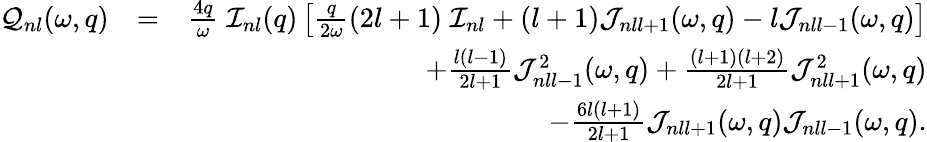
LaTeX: \begin{array}{rlr}{{\cal Q}_{nl}(\omega,q)}&{=}&{\frac{4q}{\omega}\; {\cal I}_{nl}(q)\left[\frac{q}{2\omega}(2l+1)\; {\cal I}_{nl}+(l+1){\cal J}_{nll+1}(\omega,q)-l{\cal J}_{nll-1}(\omega,q)\right]}\\ &{}&{+\frac{l(l-1)}{2l+1}{\cal J}_{nll-1}^{2}(\omega,q)+\frac{(l+1)(l+2)}{2l+1}{\cal J}_{nll+1}^{2}(\omega,q)}\\ &{}&{-\frac{6l(l+1)}{2l+1}{\cal J}_{nll+1}(\omega,q){\cal J}_{nll-1}(\omega,q).}\end{array}